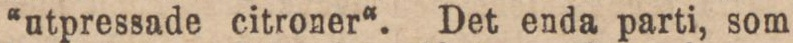
“utpressade citroner“. Det enda parti, som